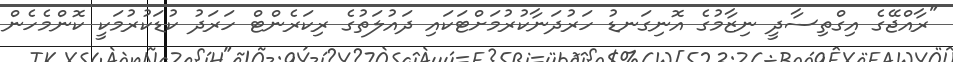
"ރާއްޖޭގެ އިގްތިސާދީ ނިޒާމުގެ އޮނިގަނޑު ހަރުދަނާކުރުމަށްޓަކައި ދައުލަތުގެ ރިކަރެންޓް ހަރަދު ކުޑަކުރުމަކީ ކޮންމެހެން